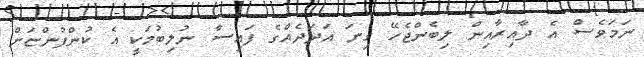
ނަމަވެސް އެ ދާއިރާއިން ލިބެންޖެހޭ ގިނަ އަދަދެއްގެ ފައިސާ ނުލިބުމަކީ އެ ކުންފުންޏަށް